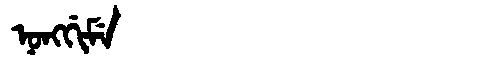
Manchu: ᠨᠣᠩᡤᡳᠮᡝ
Romanization: NONGGIME